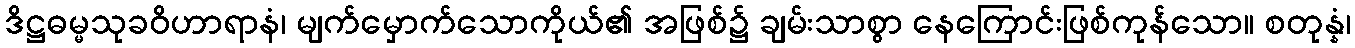
ဒိဋ္ဌဓမ္မသုခဝိဟာရာနံ၊ မျက်မှောက်သောကိုယ်၏ အဖြစ်၌ ချမ်းသာစွာ နေကြောင်းဖြစ်ကုန်သော။ စတုန္နံ၊